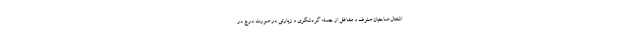
اشتغال صاحبان صنوف و مشاغل از جمله گردشگری و زیارتی در صورت درج در